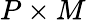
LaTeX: P\times M